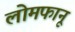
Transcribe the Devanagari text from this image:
लोमफानू